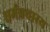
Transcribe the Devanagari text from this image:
धर्मप्रचारय